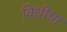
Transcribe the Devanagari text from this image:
विधीचा